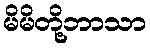
မိမိတို့ဘာသာ